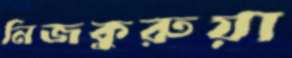
নিজকুরুয়া